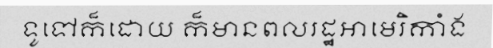
ទូទៅក៏ដោយ ក៏មានពលរដ្ឋអាមេរិកាំង